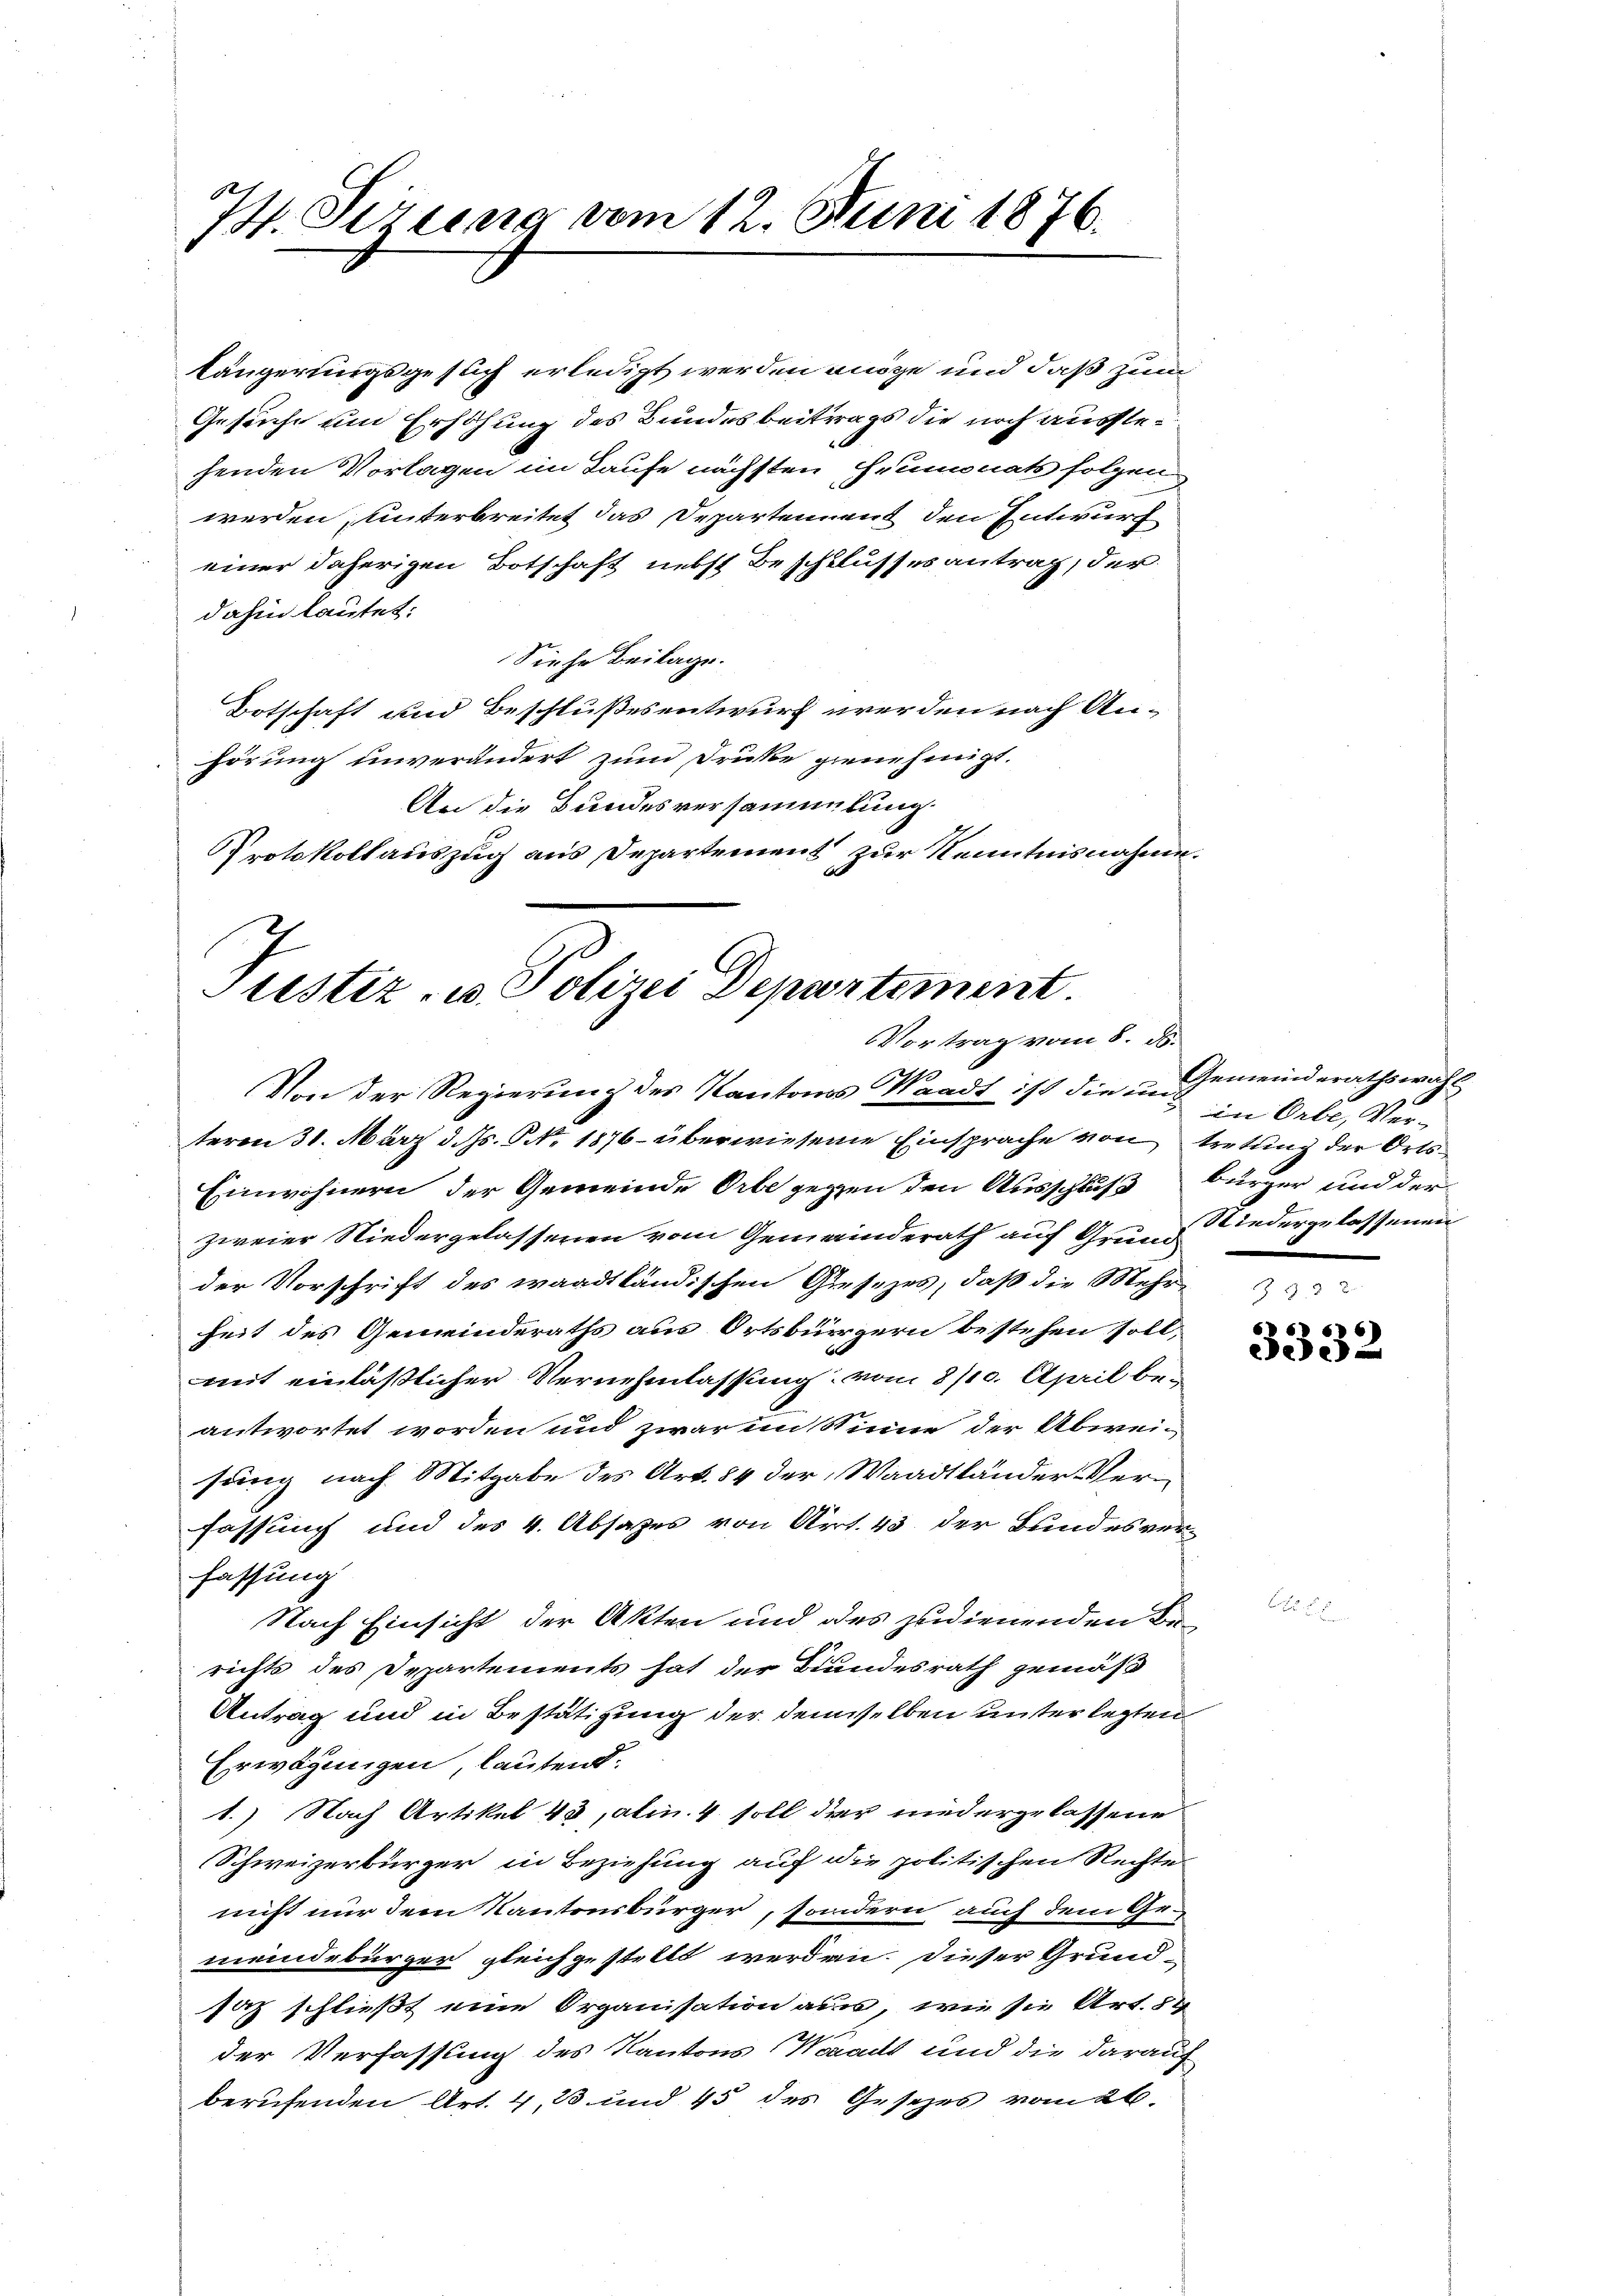
74. Sizung vom 12. Juni 1876.

längerungsgesuch erledigt werden möge und daß zum
Gesuche um Erhöhung des Bundesbeitrags die noch ausstehenden Vorlagen im Laufe nächsten Heumonats folgen
werden, unterbreitet das Departennent den Entwurf
einer daherigen Botschaft nebst Beschlusses antrag, der
dahin lautet:
Siehe Beilage.
Botschaft und Beschlußesentwurf werden nach Anhörung unverändert zum Druke genehmigt.
An die Bundesversammlung.
Protokollauszug aus Departement zur Kenntnisnahme.

Justiz- u. Polizei Departement.
Vortrag vom 8. d.

Von der Regierung des Kantons Waadt ist die u. Gemeinderathswahl
teren 31. März d. Js. P. Nr. 1876 überwiesene Einsprache von tretung der Orts¬
Einwohnern, der Gemeinde Orbe gegen den Ausschluß bürger und der
zweier Niedergelassenen vom Gemeinderath auf Grund Wiedergelassenen
der Vorschrift des waadtländischen Gesezes, daß die Mehr
heit des Gemeinderaths aus Ortsbürgern bestehen sollmit einläßlicher Vernehmlassung: vom 8/10. April be-
antwortet worden und zwar im Sinne der Abweisung nach Mitgabe des Art. 84 der Waadtländer Verfassung und des 4. Absatzes von Art. 43 der Bundesver-
fassung
Nach Einsicht der Akten und des zudienenden Be-
richts des Departements hat der Bundesrath gemäß
Antrag und in Bestätigung der demselben unter legten
Erwägungen, lautend.
1.) Nach Artikel 43, atin. 4 soll der niedergelassene
Schweizerbürger in Beziehung auf die politischen Rechte
nicht nur dem Kantonsbürger, sondern auch dem Gemeindebürger gleichgestellt werden. Dieser Grundsaz schließt eine Organisation aus, wie sie Art. 84
der Verfassung des Kantons Waadt und die darauf
berufenden Art. 4, 23 und 45 des Gesezes vom 26.

in Orbe, Ver¬

3332